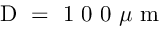
\mathrm { ~ D ~ = ~ 1 ~ 0 ~ 0 ~ } \mu \mathrm { ~ m ~ }